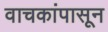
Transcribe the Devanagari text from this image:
वाचकांपासून